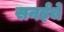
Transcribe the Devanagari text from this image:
सनईचे